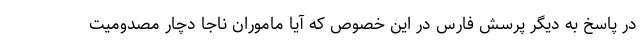
در پاسخ به دیگر پرسش فارس در این خصوص که آیا ماموران ناجا دچار مصدومیت